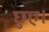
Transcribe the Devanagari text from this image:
छुए।